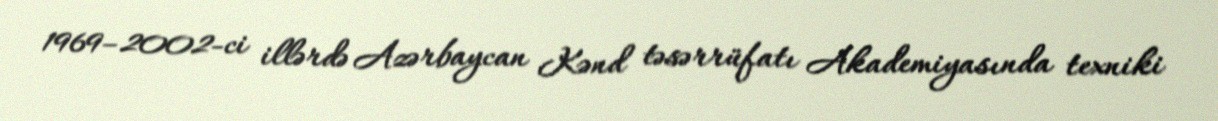
1969–2002-ci illərdə Azərbaycan Kənd təsərrüfatı Akademiyasında texniki